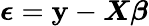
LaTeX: \boldsymbol{\epsilon}=\mathbf{y}-\boldsymbol{X}\boldsymbol{\beta}